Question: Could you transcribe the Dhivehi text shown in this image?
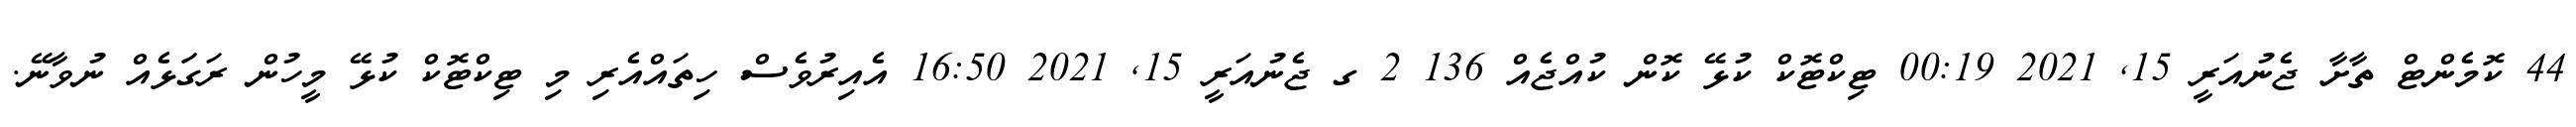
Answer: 44 ކޮމެންޓް ތާށާ ޖެނުއަރީ 15, 2021 00:19 ޓިކްޓޮކް ކުޅޭ ކޮން ކުއްޖެއް 136 2 ގ ޖެނުއަރީ 15, 2021 16:50 އެއިރުވެސް ހިތައްއެރި މި ޓިކްޓޮކް ކުޅޭ މީހުން ރަގަަޅެއް ނުވާނޭ.